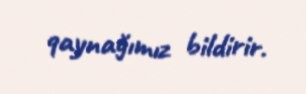
qaynağımız bildirir.